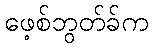
ဖေ့စ်ဘွတ်ခ်က